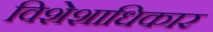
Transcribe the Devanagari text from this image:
विशेशाधिकार